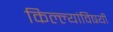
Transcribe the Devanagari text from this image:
किल्ल्यांविषयी